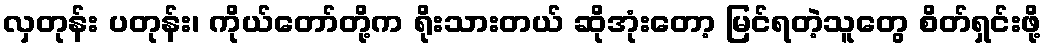
လှတုန်း ပတုန်း၊ ကိုယ်တော်တို့က ရိုးသားတယ် ဆိုအုံးတော့ မြင်ရတဲ့သူတွေ စိတ်ရှင်းဖို့